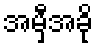
အမှီအခို